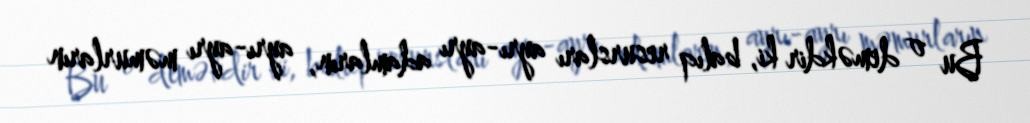
Bu o deməkdir ki, balıq resursları ayrı-ayrı adamların, ayrı-ayrı məmurların